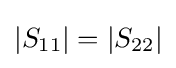
|S_{11}|=|S_{22}|